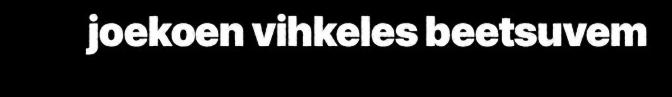
joekoen vihkeles beetsuvem